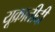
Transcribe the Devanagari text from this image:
यूक्रातीदी